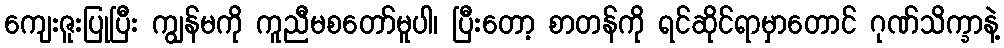
ကျေးဇူးပြုပြီး ကျွန်မကို ကူညီမစတော်မူပါ၊ ပြီးတော့ စာတန်ကို ရင်ဆိုင်ရာမှာတောင် ဂုဏ်သိက္ခာနဲ့